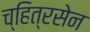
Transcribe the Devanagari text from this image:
च्हित्रसेन